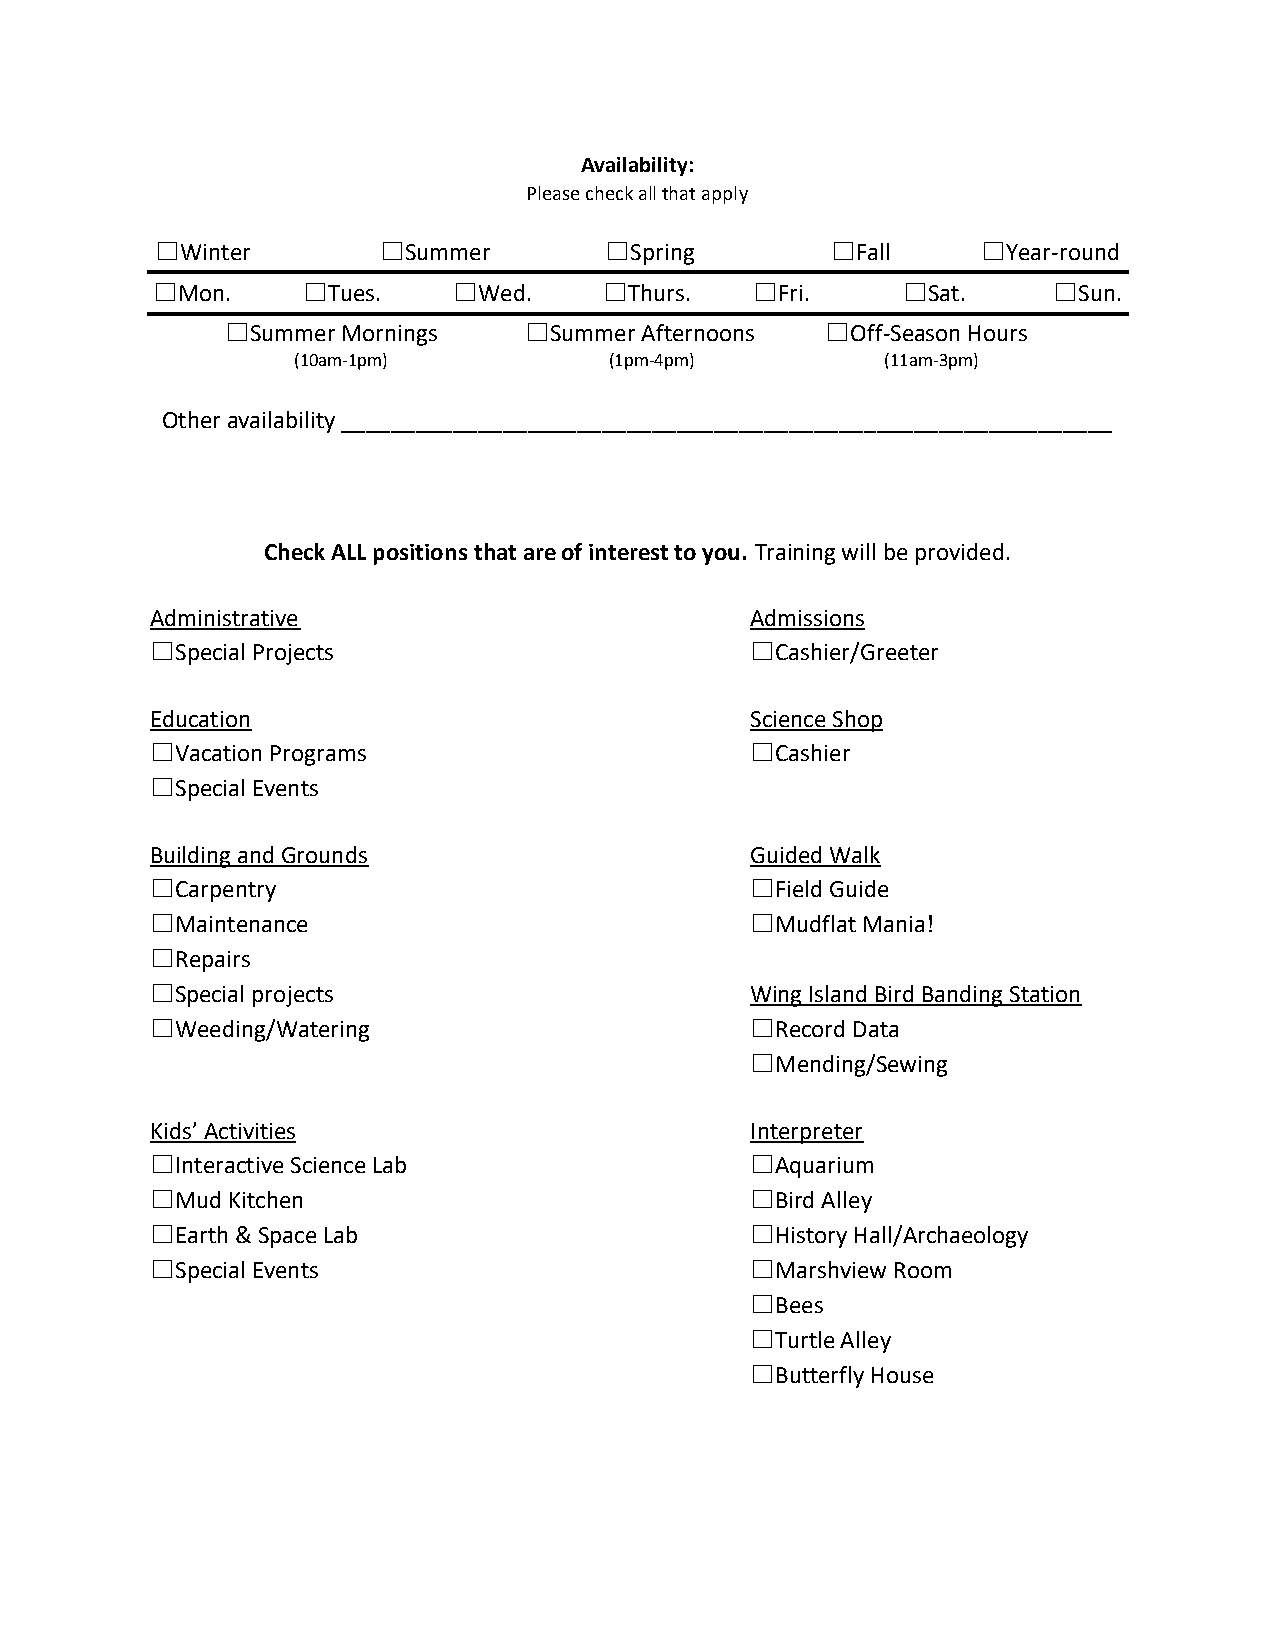
Availability:
 Please check all that apply
 ☐Winter        ☐Summer        ☐Spring        ☐Fall     ☐Year-round
 ☐Mon.     ☐Tues.    ☐Wed.     ☐Thurs.   ☐Fri.     ☐Sat.     ☐Sun.
 ☐Summer Mornings    ☐Summer Afternoons  ☐Off-Season Hours
 (10am-1pm)           (1pm-4pm)          (11am-3pm)
 Other availability ______________________________________________________________
 Check ALL positions that are of interest to you. Training will be provided.
 Administrative                          Admissions
 ☐Special Projects                       ☐Cashier/Greeter
 Education                               Science Shop
 ☐Vacation Programs                      ☐Cashier
 ☐Special Events
 Building and Grounds                    Guided Walk
 ☐Carpentry                              ☐Field Guide
 ☐Maintenance                            ☐Mudflat Mania!
 ☐Repairs
 ☐Special projects                       Wing Island Bird Banding Station
 ☐Weeding/Watering                       ☐Record Data
 ☐Mending/Sewing
 Kids’ Activities                        Interpreter
 ☐Interactive Science Lab                ☐Aquarium
 ☐Mud Kitchen                            ☐Bird Alley
 ☐Earth & Space Lab                      ☐History Hall/Archaeology
 ☐Special Events                         ☐Marshview Room
 ☐Bees
 ☐Turtle Alley
 ☐Butterfly House